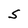
Character: S